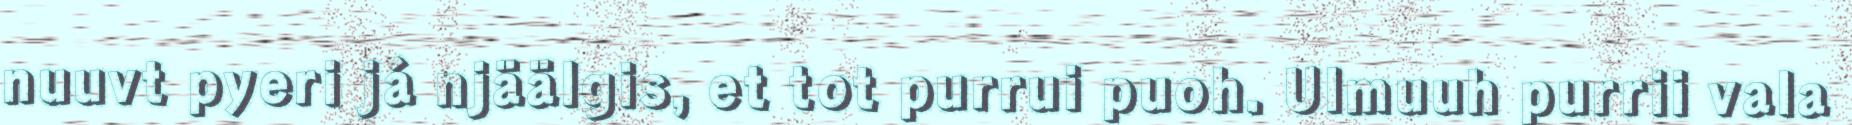
nuuvt pyeri já njäälgis, et tot purrui puoh. Ulmuuh purrii vala